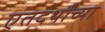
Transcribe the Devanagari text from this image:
एतदर्थाच्या